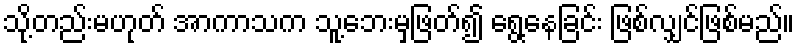
သို့တည်းမဟုတ် အာကာသက သူ့ဘေးမှဖြတ်၍ ရွေ့နေခြင်း ဖြစ်လျှင်ဖြစ်မည်။